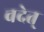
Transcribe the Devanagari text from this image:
वदेत्